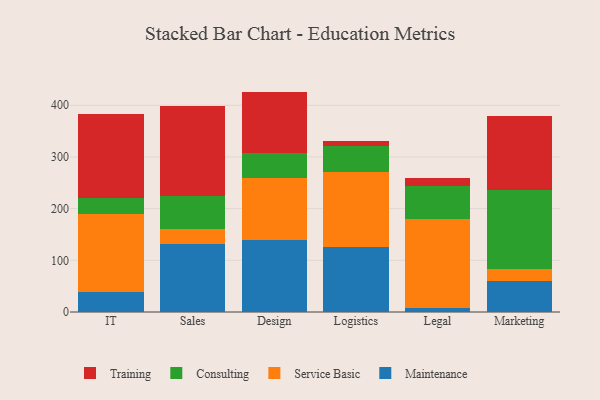
{"axis": {"x": "Department", "y": "Population (Million)"}, "legend": ["Consulting", "Maintenance", "Service Basic", "Training"], "data": [{"x": "IT", "y": 37.8, "type": "Maintenance"}, {"x": "IT", "y": 152.3, "type": "Service Basic"}, {"x": "IT", "y": 30.3, "type": "Consulting"}, {"x": "IT", "y": 162.0, "type": "Training"}, {"x": "Sales", "y": 131.0, "type": "Maintenance"}, {"x": "Sales", "y": 30.2, "type": "Service Basic"}, {"x": "Sales", "y": 62.9, "type": "Consulting"}, {"x": "Sales", "y": 173.7, "type": "Training"}, {"x": "Design", "y": 139.3, "type": "Maintenance"}, {"x": "Design", "y": 120.8, "type": "Service Basic"}, {"x": "Design", "y": 47.3, "type": "Consulting"}, {"x": "Design", "y": 119.1, "type": "Training"}, {"x": "Logistics", "y": 125.8, "type": "Maintenance"}, {"x": "Logistics", "y": 145.7, "type": "Service Basic"}, {"x": "Logistics", "y": 50.7, "type": "Consulting"}, {"x": "Logistics", "y": 8.3, "type": "Training"}, {"x": "Legal", "y": 7.5, "type": "Maintenance"}, {"x": "Legal", "y": 172.9, "type": "Service Basic"}, {"x": "Legal", "y": 64.4, "type": "Consulting"}, {"x": "Legal", "y": 13.6, "type": "Training"}, {"x": "Marketing", "y": 59.5, "type": "Maintenance"}, {"x": "Marketing", "y": 24.4, "type": "Service Basic"}, {"x": "Marketing", "y": 152.4, "type": "Consulting"}, {"x": "Marketing", "y": 143.2, "type": "Training"}]}